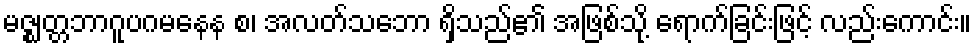
မဇ္ဈတ္တဘာဂူပဂမနေန စ၊ အလတ်သဘော ရှိသည်၏ အဖြစ်သို့ ရောက်ခြင်းဖြင့် လည်းကောင်း။